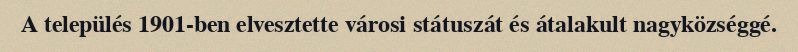
A település 1901-ben elvesztette városi státuszát és átalakult nagyközséggé.